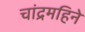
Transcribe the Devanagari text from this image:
चांद्रमहिने